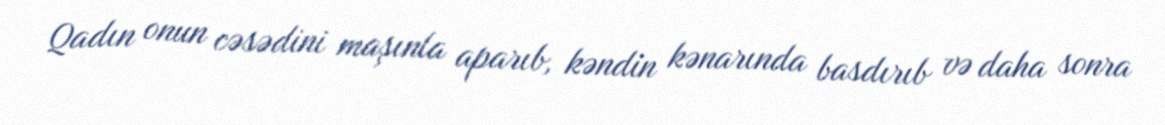
Qadın onun cəsədini maşınla aparıb, kəndin kənarında basdırıb və daha sonra